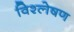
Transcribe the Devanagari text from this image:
विश्ल्‍ोषण